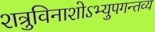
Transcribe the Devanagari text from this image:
शत्रुविनाशोऽभ्युपगन्तव्य